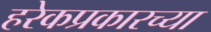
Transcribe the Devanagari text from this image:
हरेकप्रकारच्या